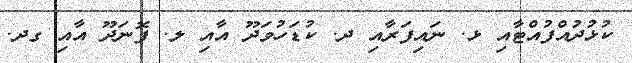
ކުޅުދުއްފުއްޓާއި ޅ. ނައިފަރާއި ދ. ކުޑަހުވަދޫ އާއި ލ. ފޮނަދޫ އާއި ގދ.